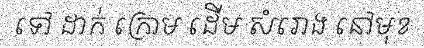
ទៅ ដាក់ ក្រោម ដើម សំរោង នៅមុខ